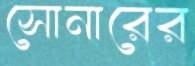
সোনারের